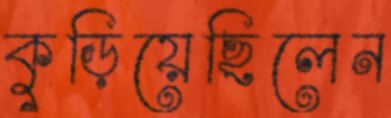
কুড়িয়েছিলেন